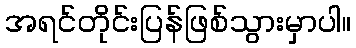
အရင်တိုင်းပြန်ဖြစ်သွားမှာပါ။